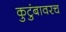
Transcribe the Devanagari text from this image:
कुटुंबावरच